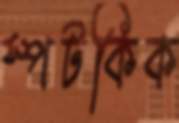
স্পটকিক